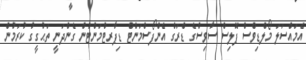
އެމައްސަލަ މޯލްޑިވްސް ޕޮލިސް ސާވިސްގެ ޑްރަގް އެންފޯސްމަންޓް ޑިޕާރޓްމަންޓުން ގެންދަނީ ތަޙުގީގު ކުރަމުން